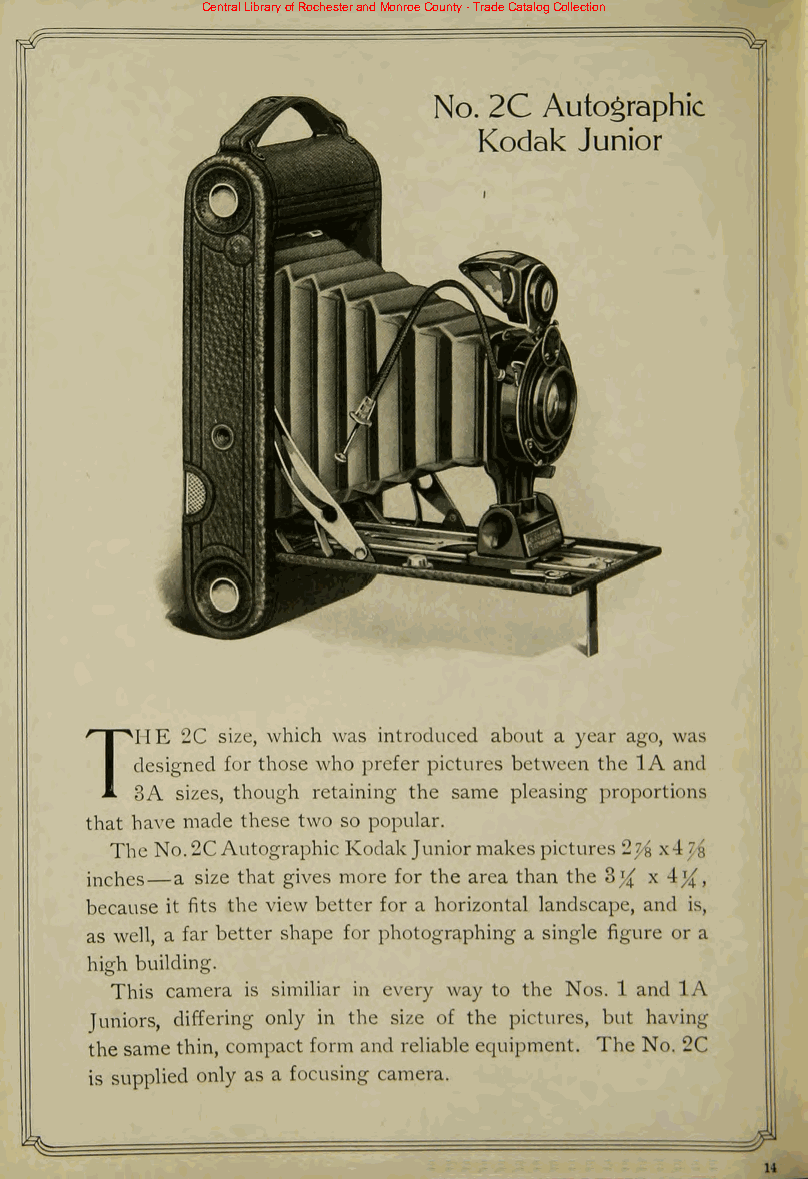
Central Library of Rochester and Monroe County - Trade Catalog Collection
 2C size, which was introduced about a year ago, was
 THE
 designed for those who prefer pictures between the 1A and
 3A sizes, though retaining the same pleasing proportions
 that have made these two so popular.
 The No.2CAutographic KodakJuniormakespictures 2j4> x47/&
 inches a size that gives more for the area than the 3}{ x 4^,
 because it fits the view better for a horizontal landscape, and is,
 as well, a far better shape for photographing a single figure or a
 high building.
 This camera is similiar in every way to the Nos. 1 and 1 A
 Juniors, differing only in the size of the pictures, but having
 the same thin, compact form and reliable equipment. The No. 2C
 is supplied only as a focusing camera.